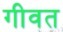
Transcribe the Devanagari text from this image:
गीवत